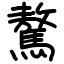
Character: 驁